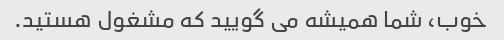
خوب، شما همیشه می گویید که مشغول هستید.